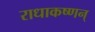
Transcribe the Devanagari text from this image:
राधाकष्णन्